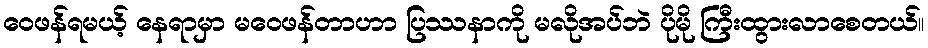
ဝေဖန်ရမယ့် နေရာမှာ မဝေဖန်တာဟာ ပြဿနာကို မလိုအပ်ဘဲ ပိုမို ကြီးထွားလာစေတယ်။